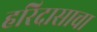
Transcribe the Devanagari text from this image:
हरिदासाचा